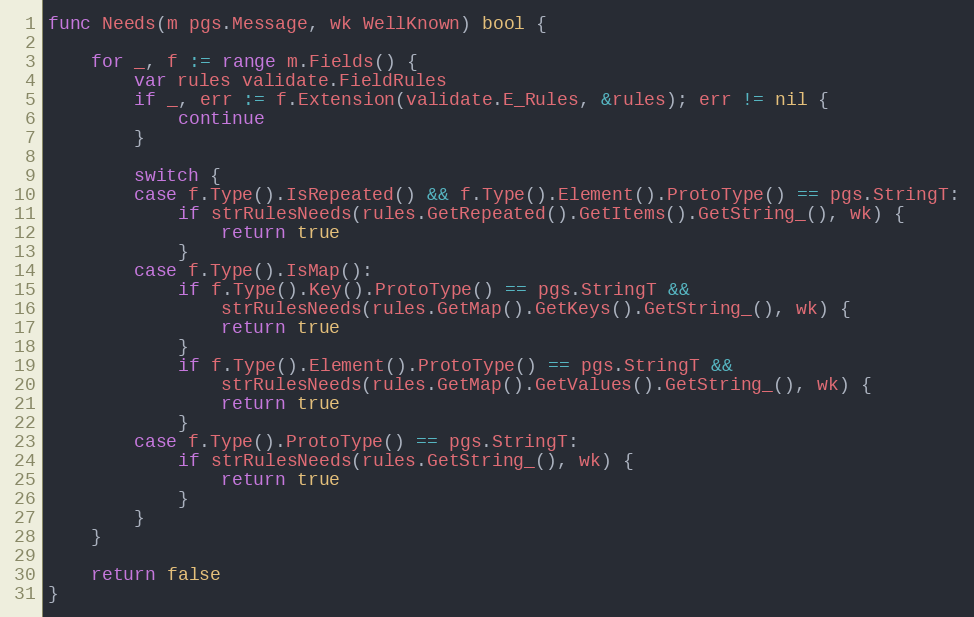
Language: Go
func Needs(m pgs.Message, wk WellKnown) bool {

	for _, f := range m.Fields() {
		var rules validate.FieldRules
		if _, err := f.Extension(validate.E_Rules, &rules); err != nil {
			continue
		}

		switch {
		case f.Type().IsRepeated() && f.Type().Element().ProtoType() == pgs.StringT:
			if strRulesNeeds(rules.GetRepeated().GetItems().GetString_(), wk) {
				return true
			}
		case f.Type().IsMap():
			if f.Type().Key().ProtoType() == pgs.StringT &&
				strRulesNeeds(rules.GetMap().GetKeys().GetString_(), wk) {
				return true
			}
			if f.Type().Element().ProtoType() == pgs.StringT &&
				strRulesNeeds(rules.GetMap().GetValues().GetString_(), wk) {
				return true
			}
		case f.Type().ProtoType() == pgs.StringT:
			if strRulesNeeds(rules.GetString_(), wk) {
				return true
			}
		}
	}

	return false
}